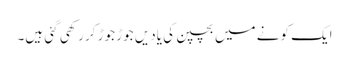
ایک کونے میں بچپن کی یادیں جوڑ جوڑ کر رکھی گئی ہیں۔